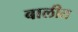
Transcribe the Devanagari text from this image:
बालीत